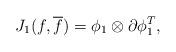
LaTeX: \begin{align*}J_1(f, {\overline f})={\phi}_1\otimes{\partial}{\phi}_1^{T},\end{align*}